Report on horse surra - Volume I
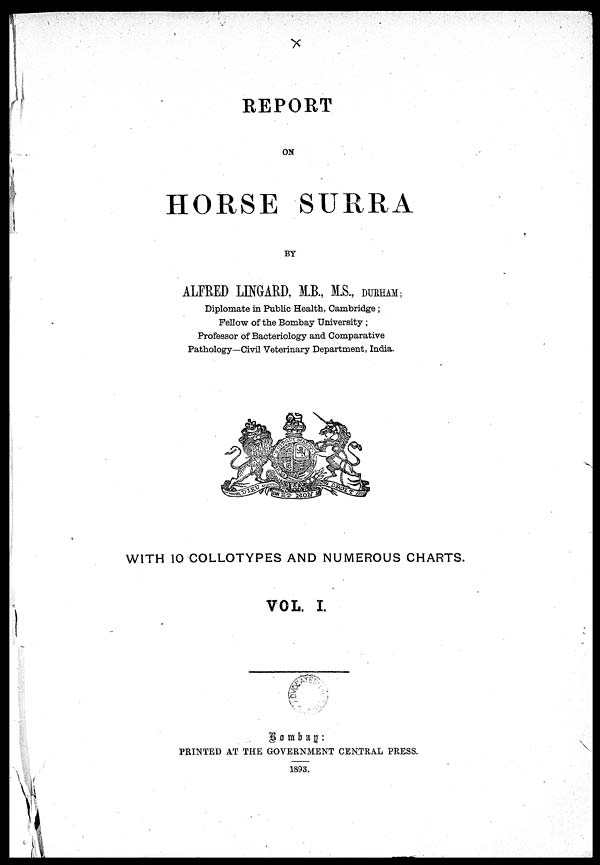
REPORT
ON
HORSE SURRA
BY
ALFRED LIMARD, M.B, M.S.,
DURHAM
Diplomate in Public Health, Cambridge;
Fellow of the Bombay University ;
Professor of Bacteriology and Comparative
Pathology—Civil Veterinary Department, India.
WITH 10 COLLOTYPES AND NUMEROUS CHARTS.
VOL. I.
B o m b a Y:
PRINTED AT THE GOVERNMENT CENTRAL PRESS.
1893.